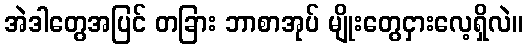
အဲဒါတွေအပြင် တခြား ဘာစာအုပ် မျိုးတွေငှားလေ့ရှိလဲ။